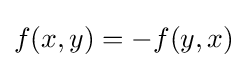
f(x,y)=-f(y,x)